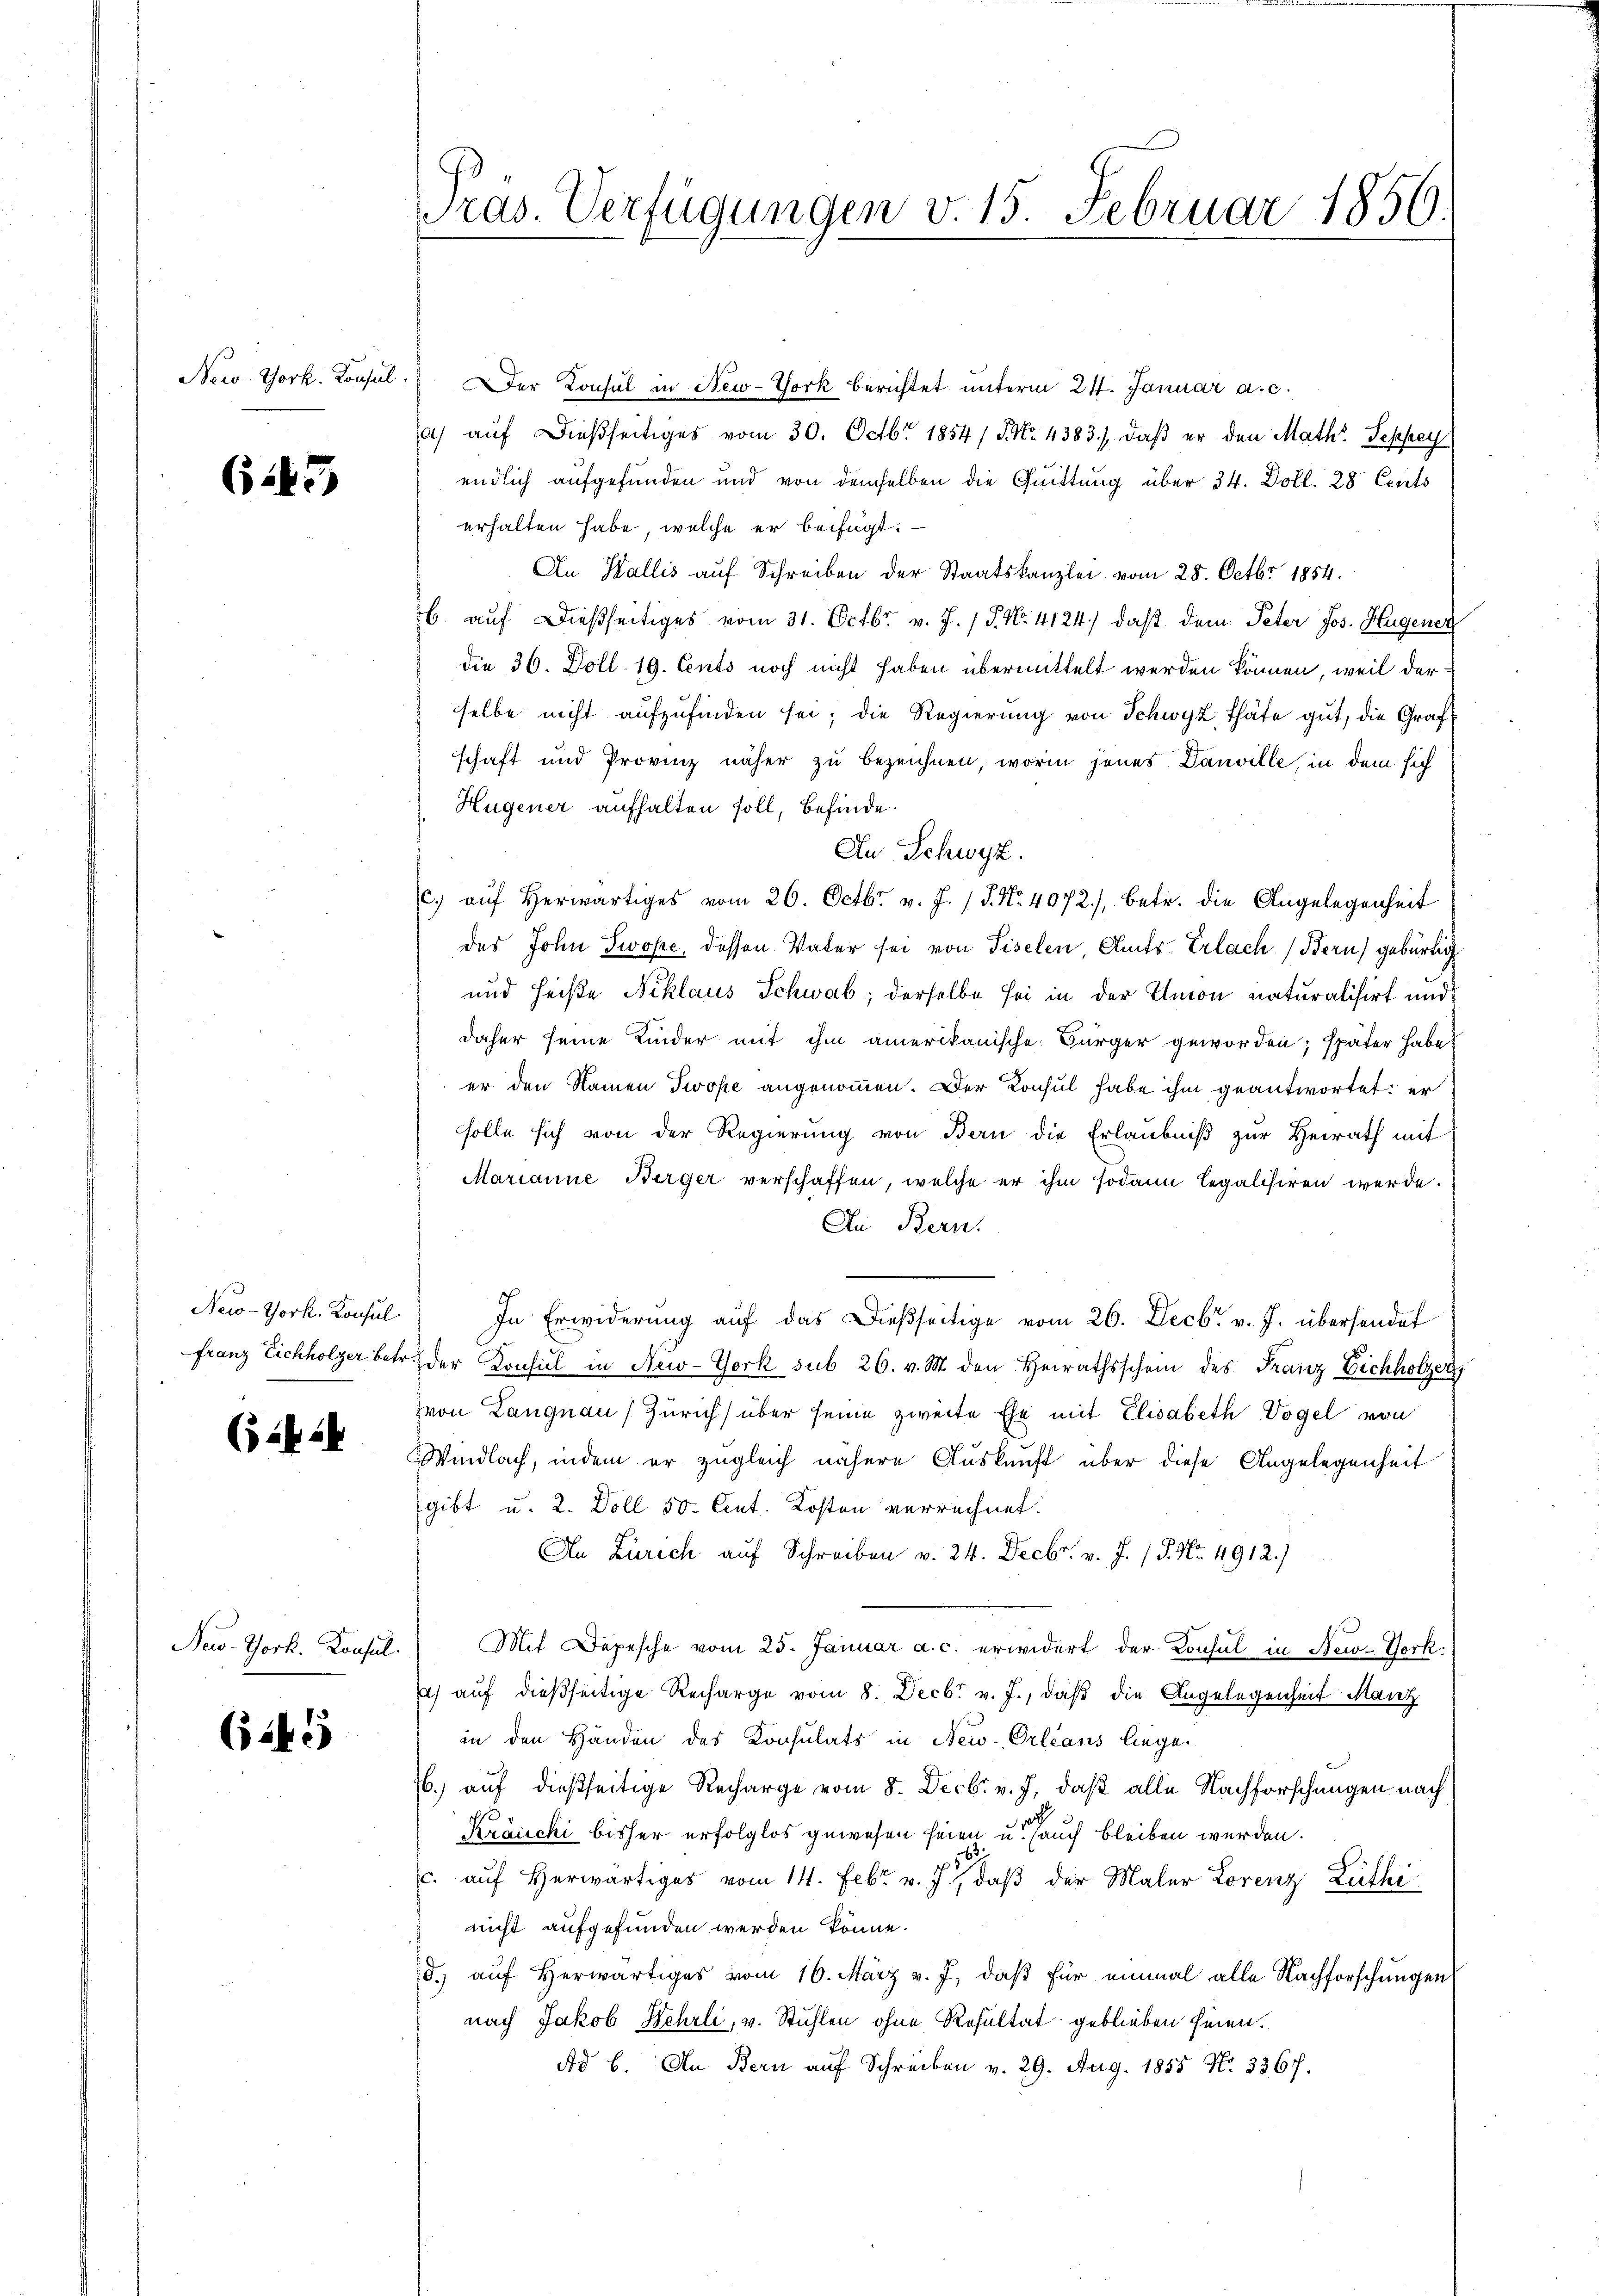
New-York. Konsul

6145

New-York. Konsul

(1424

New-York. Konsul

(145

Der Konsul in New-York berichtet unterm 24. Januar a. c.
a) auf dießseitiges vom 30. Octbr. 1854 / 5. No. 4383./. daß er den Math. Sephry
endlich aufgefunden und von demselben die Quittung über 34. Doll. 28 Cents
erhalten habe, welche er beifügt:
An Wallis aŭf Schreiben der Staatskanzlei vom 28. Octbr 1854.
6 auf dießseitiges vom 31. Octbr. v. J. P. Nr. 4124) daß dem Peter Jos. Hugener
die 36. Doll. 19. Cents noch nicht haben übermittelt werden können, weil derselbe nicht aufzufinden sei; die Regierung von Schwyz, Thäte gut, die Grafschaft und Provinz näher zu bezeichnen, worin jenes Danville, in dem sich
Hugener aufhalten soll, befinde.
An Schwyz.
c. aŭf herwärtiges vom 26. Octbr. v. J. J. No. 4072./, betr. die Angelegenheit
des John Swope, dessen Vater sei von Siselen, Amts Erlach Bern) gebürtig
und heiße Niklaus Schwab; derselbe sei in der Union naturalisirt und
daher seine Kinder mit ihm amerikanische Bürger geworden; später habe
er den Namen Trope angenommen. Der Konsul habe ihm geantwortet: er
solle sich von der Regierung von Bern die Erlaubniß zur Heirath mit
Marianne Berger verschaffen, welche er ihm sodann legalisiren werde.
In Bern.
In Erwiderung auf das dießseitige vom 26. Decbr. v. J. übersendet
franz Eichholzer betr. der Konsul in New-York sub 26. v. M. den Heirathsschein des Franz Eichholzer,
von Langnau (Zürich) über seine zweite Ehe mit Elisabeth Vogel von
Windlach, indem er zugleich nähere Auskunft über diese Angelegenheit
gibt u. 2. Doll 50. Cent. Kosten verrechnet.
An Zürich auf Schreiben v. 24. Decbr. v. J. / S. Nr. 4912.)
Mit Depesche vom 25. Januar a. c. erwidert der Konsul in New-York:
a aŭf dießseitige Recharge vom 8. Decbr v. J., daβ die Angelegenheit Manz
in den Händen des Konsulats in New-Orleans liege.
.) auf dießseitige Recharge vom 8. Decbr v. J., daß alle Nachforschungen nach
Kräncki bisher erfolglos gewesen seien u. auch bleiben werden.
1
c. auf herwärtiges vom 14. Febr. v. J., daβ der Maler Lorenz Lüthi
nicht aufgefunden werden könne.
d.) auf Herwärtiges vom 16. März v. J., daß für einmal alle Nachforschungen
nach Jakob Hehrli, v. Stuhlen ohne Resultat geblieben seien.
Ad b. An Bern auf Schreiben v. 29. Aug. 1855 N. 3367.

Pras. Verfügungen v. 15. Februar 1856.